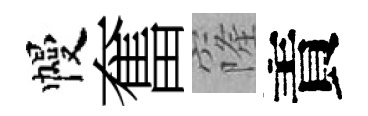
幔奮窿責